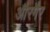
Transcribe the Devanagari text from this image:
औरगैर